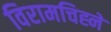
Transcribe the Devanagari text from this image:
विरामचिह्ने